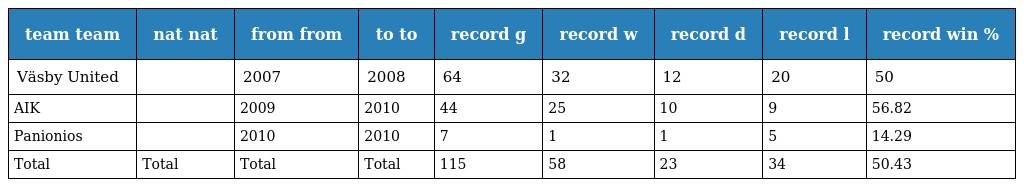
| team team | nat nat | from from | to to | record g | record w | record d | record l | record win % |
 | --- | --- | --- | --- | --- | --- | --- | --- | --- |
 | Väsby United |  | 2007 | 2008 | 64 | 32 | 12 | 20 | 50 |
 | AIK |  | 2009 | 2010 | 44 | 25 | 10 | 9 | 56.82 |
 | Panionios |  | 2010 | 2010 | 7 | 1 | 1 | 5 | 14.29 |
 | Total | Total | Total | Total | 115 | 58 | 23 | 34 | 50.43 |